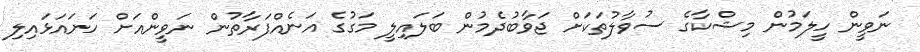
ނަވީން ހީލަމުން މިޝްކާގެ ސުވާލުތަކަށް ޖަވާބުދެމުން ބަލައިލީ މަގުގެ އަނެއްފަރާތުން ނަވީންއަށް ހަނައަޅައިލި